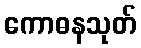
ကောဓနသုတ်